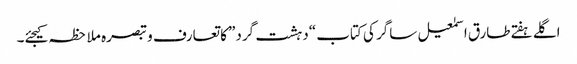
اگلے ہفتےطارق اسمٰعیل ساگر کی کتاب “دہشت گرد” کا تعارف و تبصرہ ملاحظہ کیجئے۔